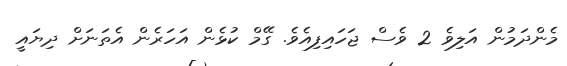
މެންދަމުން އަލިވެ 2 ވެސް ޖަހައިފިއެވެ. ގޭމް ކުޅެން އަހަރެން އެތަނަށް ދިޔައީ